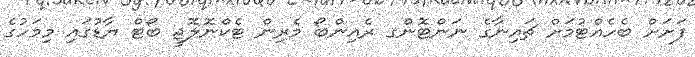
ފަށަށް ބެހެއްޓުމަށް ޗައިނާގެ ނަންޓޮންގ ރެއިންބޯ މެރިން ޓެކްނޮލޮޖީ ބޯޓް ޔާޑުގައި މިމަހުގެ